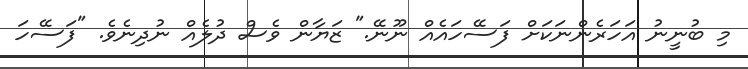
މި ބުނީނު އަހަރެންނަކަށް ފަސޭހައެއް ނޫނޭ." ޒަޔާން ވެސް ދުލެއް ނުދިނެވެ. "ފަސޭހަ